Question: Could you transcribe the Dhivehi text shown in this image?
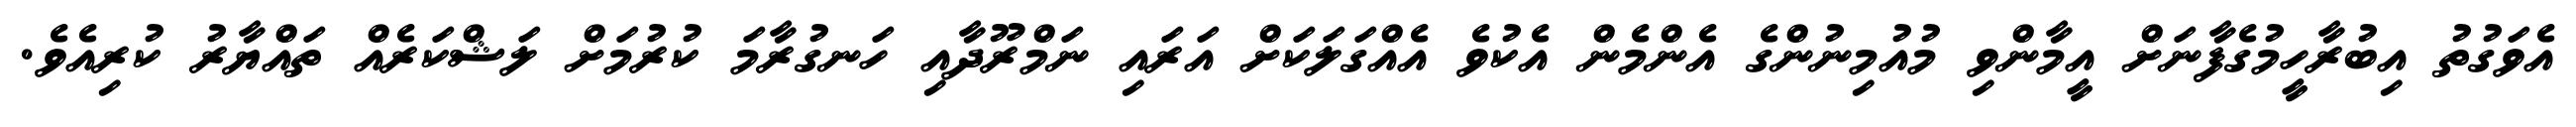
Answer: އެވަގުތު އިބުރާހީމުގެފާނަށް އީމާންވި މުއުމިނުންގެ އެންމެން އެކުވެ އެއްގަލަކަށް އަރައި ނަމްރޫދާއި ހަނގުރާމަ ކުރުމަށް ލަޝްކަރެއް ތައްޔާރު ކުރިއެވެ.